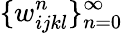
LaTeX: \{ w_{ijkl}^{n}\} _{n=0}^{\infty}